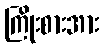
ကြိုးစားအား